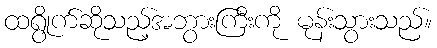
ထရွိုက်ဆိုသည့်အဘွားကြီးကို မုန်းသွားသည်။